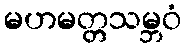
မဟမတ္တသမ္ဘဝံ